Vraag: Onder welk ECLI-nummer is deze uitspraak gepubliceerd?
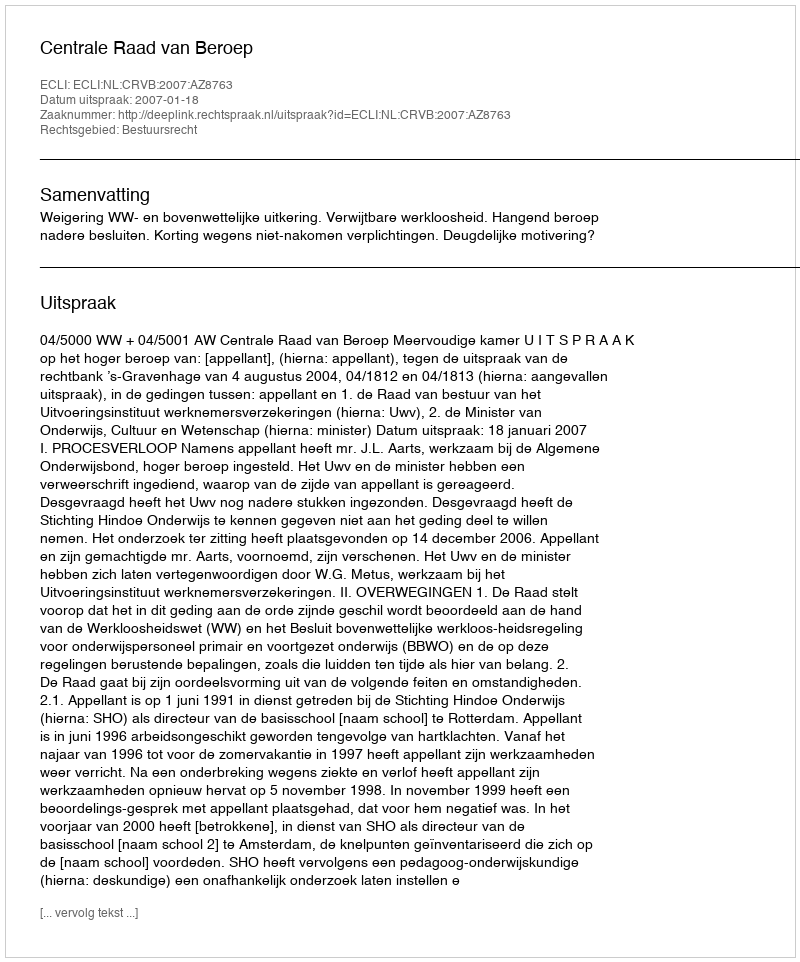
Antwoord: ECLI:NL:CRVB:2007:AZ8763